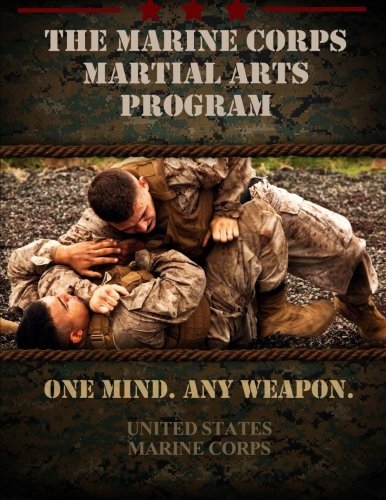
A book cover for The Marine Corps Martial Arts Program: The Complete Combat System; United States Marine Corps; Sports & Outdoors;